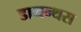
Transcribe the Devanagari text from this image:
डायन्थस